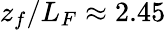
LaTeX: z_{f}/L_{F}\approx 2.45